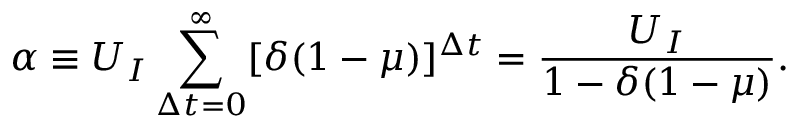
\alpha \equiv U _ { I } \sum _ { \Delta t = 0 } ^ { \infty } [ \delta ( 1 - \mu ) ] ^ { \Delta t } = \frac { U _ { I } } { 1 - \delta ( 1 - \mu ) } .